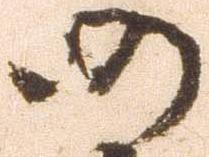
仍